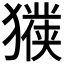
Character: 𱮧